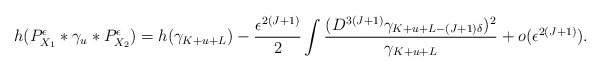
\begin{align*}h(P_{X_1}^{\epsilon}*\gamma_u*P_{X_2}^{\epsilon})=h(\gamma_{K+u+L})-\frac{\epsilon^{2(J+1)}}{2}\int\frac{(D^{3(J+1)}\gamma_{K+u+L-(J+1)\delta})^2}{\gamma_{K+u+L}}+o(\epsilon^{2(J+1)}).\end{align*}